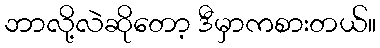
ဘာလို့လဲဆိုတော့ ဒီမှာကစားတယ်။